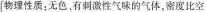
物理性质；无色、有刺激性气味的气体，密度比空